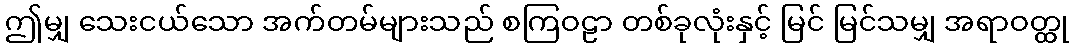
ဤမျှ သေးငယ်သော အက်တမ်များသည် စကြဝဠာ တစ်ခုလုံးနှင့် မြင် မြင်သမျှ အရာဝတ္ထု